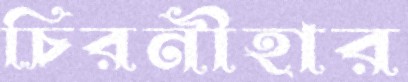
চিরনীহার